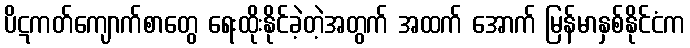
ပိဋကတ်ကျောက်စာတွေ ရေးထိုးနိုင်ခဲ့တဲ့အတွက် အထက် အောက် မြန်မာနှစ်နိုင်ငံက